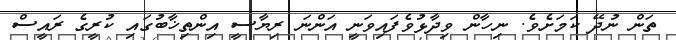
ތަން ނުދޭ ކަމަށެވެ. ނިހާން ވިދާޅުވެފައިވަނީ އަންނަ ރިޔާސީ އިންތިޚާބުގައި ކުރީގެ ރައީސް